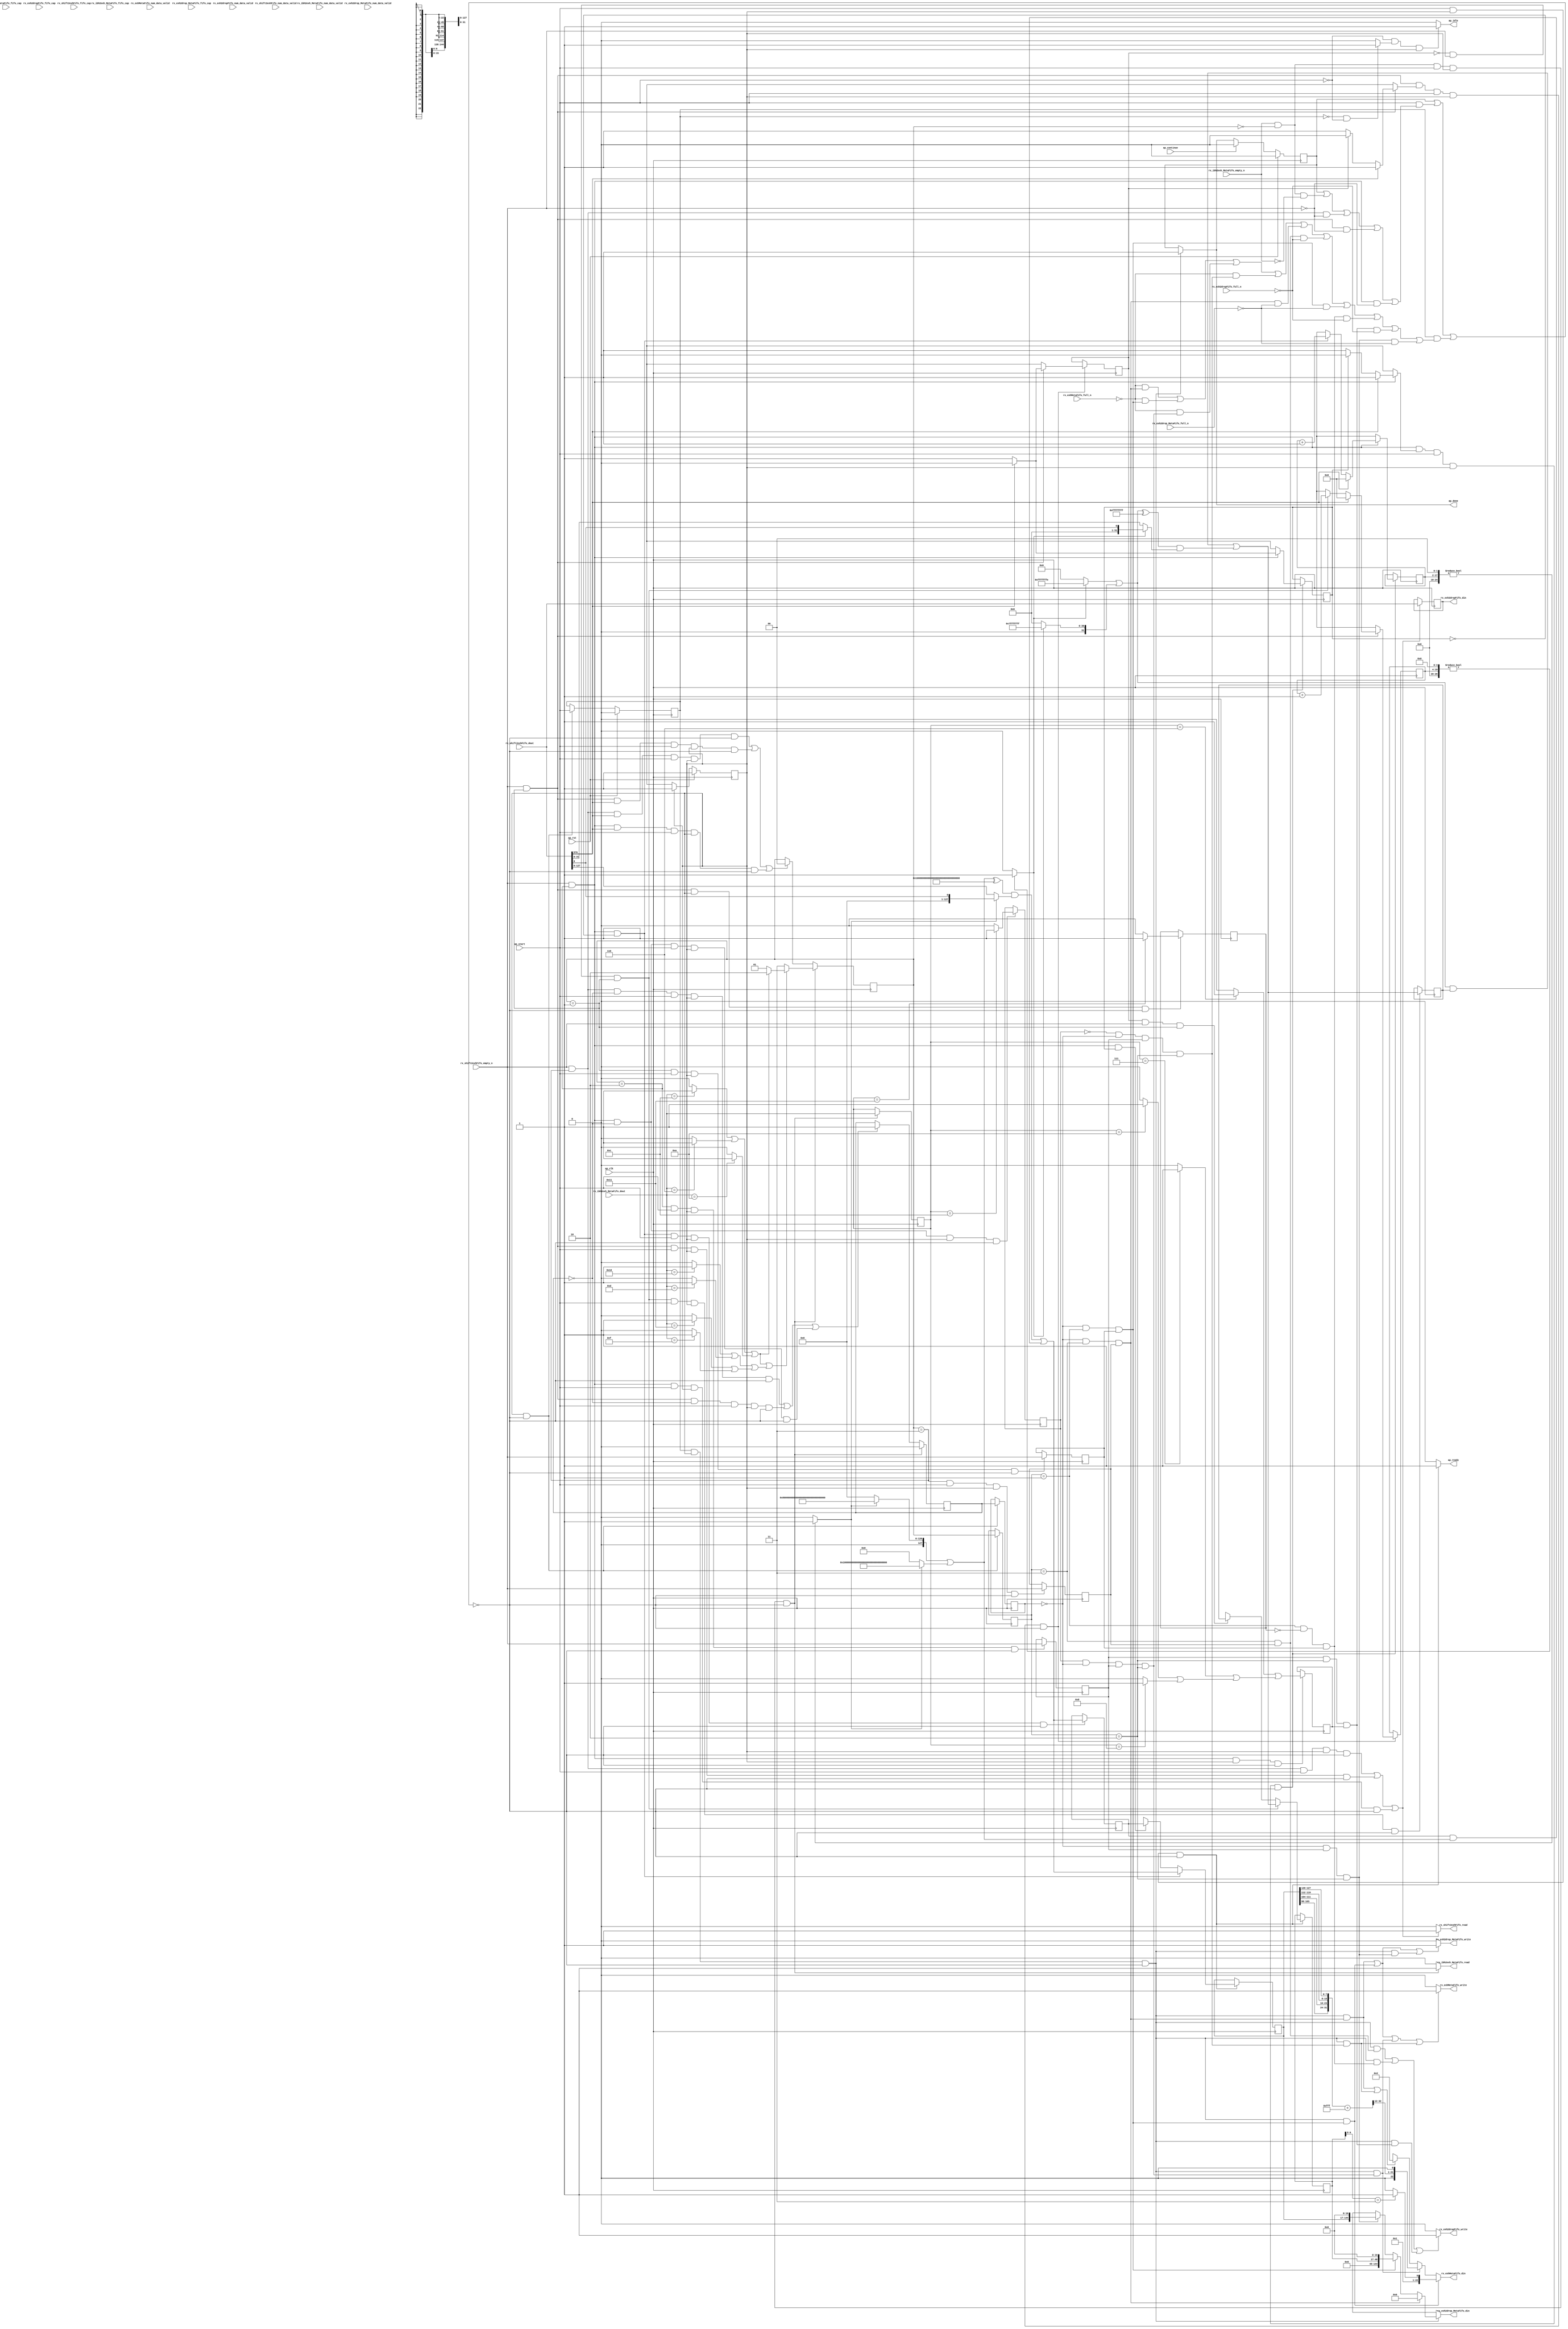
// ==============================================================
// RTL generated by Vitis HLS - High-Level Synthesis from C, C++ and OpenCL v2022.1 (64-bit)
// Version: 2022.1
// Copyright (C) Copyright 1986-2022 Xilinx, Inc. All Rights Reserved.
// 
// ===========================================================

`timescale 1 ns / 1 ps 

module rocev2_top_rx_process_exh_512_0_s (
        ap_clk,
        ap_rst,
        ap_start,
        ap_done,
        ap_continue,
        ap_idle,
        ap_ready,
        rx_shift2exhFifo_dout,
        rx_shift2exhFifo_num_data_valid,
        rx_shift2exhFifo_fifo_cap,
        rx_shift2exhFifo_empty_n,
        rx_shift2exhFifo_read,
        rx_ibh2exh_MetaFifo_dout,
        rx_ibh2exh_MetaFifo_num_data_valid,
        rx_ibh2exh_MetaFifo_fifo_cap,
        rx_ibh2exh_MetaFifo_empty_n,
        rx_ibh2exh_MetaFifo_read,
        rx_exhMetaFifo_din,
        rx_exhMetaFifo_num_data_valid,
        rx_exhMetaFifo_fifo_cap,
        rx_exhMetaFifo_full_n,
        rx_exhMetaFifo_write,
        rx_exh2drop_MetaFifo_din,
        rx_exh2drop_MetaFifo_num_data_valid,
        rx_exh2drop_MetaFifo_fifo_cap,
        rx_exh2drop_MetaFifo_full_n,
        rx_exh2drop_MetaFifo_write,
        rx_exh2dropFifo_din,
        rx_exh2dropFifo_num_data_valid,
        rx_exh2dropFifo_fifo_cap,
        rx_exh2dropFifo_full_n,
        rx_exh2dropFifo_write
);

parameter    ap_ST_fsm_pp0_stage0 = 1'd1;

input   ap_clk;
input   ap_rst;
input   ap_start;
output   ap_done;
input   ap_continue;
output   ap_idle;
output   ap_ready;
input  [1023:0] rx_shift2exhFifo_dout;
input  [1:0] rx_shift2exhFifo_num_data_valid;
input  [1:0] rx_shift2exhFifo_fifo_cap;
input   rx_shift2exhFifo_empty_n;
output   rx_shift2exhFifo_read;
input  [31:0] rx_ibh2exh_MetaFifo_dout;
input  [1:0] rx_ibh2exh_MetaFifo_num_data_valid;
input  [1:0] rx_ibh2exh_MetaFifo_fifo_cap;
input   rx_ibh2exh_MetaFifo_empty_n;
output   rx_ibh2exh_MetaFifo_read;
output  [22:0] rx_exhMetaFifo_din;
input  [1:0] rx_exhMetaFifo_num_data_valid;
input  [1:0] rx_exhMetaFifo_fifo_cap;
input   rx_exhMetaFifo_full_n;
output   rx_exhMetaFifo_write;
output  [144:0] rx_exh2drop_MetaFifo_din;
input  [3:0] rx_exh2drop_MetaFifo_num_data_valid;
input  [3:0] rx_exh2drop_MetaFifo_fifo_cap;
input   rx_exh2drop_MetaFifo_full_n;
output   rx_exh2drop_MetaFifo_write;
output  [1023:0] rx_exh2dropFifo_din;
input  [5:0] rx_exh2dropFifo_num_data_valid;
input  [5:0] rx_exh2dropFifo_fifo_cap;
input   rx_exh2dropFifo_full_n;
output   rx_exh2dropFifo_write;

reg ap_done;
reg ap_idle;
reg ap_ready;
reg rx_shift2exhFifo_read;
reg rx_ibh2exh_MetaFifo_read;
reg[22:0] rx_exhMetaFifo_din;
reg rx_exhMetaFifo_write;
reg[144:0] rx_exh2drop_MetaFifo_din;
reg rx_exh2drop_MetaFifo_write;
reg rx_exh2dropFifo_write;

(* fsm_encoding = "none" *) reg   [0:0] ap_CS_fsm;
wire    ap_CS_fsm_pp0_stage0;
wire    ap_enable_reg_pp0_iter0;
reg    ap_enable_reg_pp0_iter1;
reg    ap_idle_pp0;
wire   [0:0] grp_nbreadreq_fu_176_p3;
reg    ap_predicate_op30_read_state1;
reg    ap_predicate_op83_read_state1;
reg    ap_predicate_op128_read_state1;
wire   [0:0] tmp_i_nbreadreq_fu_190_p3;
reg    ap_predicate_op139_read_state1;
reg    ap_done_reg;
reg    ap_block_state1_pp0_stage0_iter0;
reg   [1:0] state_1_load_reg_1002;
reg   [0:0] tmp_17_i_reg_1010;
reg   [0:0] metaWritten_1_load_reg_1006;
reg   [0:0] icmp_ln188_reg_1030;
reg    ap_predicate_op161_write_state2;
reg    ap_predicate_op173_write_state2;
reg    ap_predicate_op176_write_state2;
reg   [0:0] empty_175_reg_1034;
reg    ap_predicate_op178_write_state2;
reg   [0:0] tmp_i_169_reg_1038;
reg   [0:0] icmp_ln155_reg_1058;
reg    ap_predicate_op181_write_state2;
reg    ap_predicate_op187_write_state2;
reg    ap_predicate_op190_write_state2;
reg   [0:0] tmp_16_i_reg_1062;
reg    ap_predicate_op192_write_state2;
reg    ap_predicate_op193_write_state2;
reg    ap_predicate_op194_write_state2;
reg    ap_block_state2_pp0_stage0_iter1;
reg    ap_block_pp0_stage0_subdone;
reg   [1:0] state_1;
reg   [31:0] opCode;
reg   [0:0] metaWritten_1;
reg   [0:0] ackHeader_ready;
reg   [15:0] ackHeader_idx;
reg   [31:0] ackHeader_header_V;
reg   [0:0] rdmaHeader_ready;
reg   [15:0] rdmaHeader_idx;
reg   [127:0] rdmaHeader_header_V;
reg    rx_ibh2exh_MetaFifo_blk_n;
wire    ap_block_pp0_stage0;
reg    rx_shift2exhFifo_blk_n;
reg    rx_exh2dropFifo_blk_n;
reg    rx_exhMetaFifo_blk_n;
reg    rx_exh2drop_MetaFifo_blk_n;
reg   [1023:0] reg_361;
reg    ap_block_pp0_stage0_11001;
wire   [0:0] metaWritten_1_load_load_fu_374_p1;
wire   [127:0] p_Result_5_fu_497_p2;
wire   [0:0] rdmaHeader_ready_load_load_fu_378_p1;
wire   [0:0] icmp_ln188_fu_509_p2;
wire   [0:0] empty_175_fu_557_p2;
wire   [31:0] p_Result_s_fu_700_p2;
wire   [0:0] ackHeader_ready_load_load_fu_581_p1;
wire   [0:0] icmp_ln155_fu_712_p2;
reg   [0:0] ap_phi_mux_rdmaHeader_ready_flag_0_i_phi_fu_230_p4;
wire   [0:0] ap_phi_reg_pp0_iter0_rdmaHeader_ready_flag_0_i_reg_227;
reg   [15:0] ap_phi_mux_rdmaHeader_idx_new_0_i_phi_fu_241_p4;
wire   [15:0] add_ln67_1_fu_394_p2;
wire   [15:0] ap_phi_reg_pp0_iter0_rdmaHeader_idx_new_0_i_reg_238;
reg   [0:0] ap_phi_mux_rdmaHeader_ready_flag_1_i_phi_fu_251_p4;
wire   [0:0] ap_phi_reg_pp0_iter0_rdmaHeader_ready_flag_1_i_reg_248;
wire   [0:0] grp_fu_353_p3;
reg   [0:0] ap_phi_mux_rdmaHeader_ready_new_1_i_phi_fu_262_p4;
wire   [0:0] ap_phi_reg_pp0_iter0_rdmaHeader_ready_new_1_i_reg_259;
reg   [15:0] ap_phi_mux_rdmaHeader_idx_new_1_i_phi_fu_273_p4;
wire   [15:0] ap_phi_reg_pp0_iter0_rdmaHeader_idx_new_1_i_reg_270;
reg   [0:0] ap_phi_mux_ackHeader_ready_flag_0_i_phi_fu_284_p4;
wire   [0:0] ap_phi_reg_pp0_iter0_ackHeader_ready_flag_0_i_reg_281;
reg   [15:0] ap_phi_mux_ackHeader_idx_new_0_i_phi_fu_295_p4;
wire   [15:0] add_ln67_fu_597_p2;
wire   [15:0] ap_phi_reg_pp0_iter0_ackHeader_idx_new_0_i_reg_292;
reg   [0:0] ap_phi_mux_ackHeader_ready_flag_1_i_phi_fu_305_p4;
wire   [0:0] ap_phi_reg_pp0_iter0_ackHeader_ready_flag_1_i_reg_302;
reg   [0:0] ap_phi_mux_ackHeader_ready_new_1_i_phi_fu_316_p4;
wire   [0:0] ap_phi_reg_pp0_iter0_ackHeader_ready_new_1_i_reg_313;
reg   [15:0] ap_phi_mux_ackHeader_idx_new_1_i_phi_fu_327_p4;
wire   [15:0] ap_phi_reg_pp0_iter0_ackHeader_idx_new_1_i_reg_324;
wire   [127:0] ap_phi_reg_pp0_iter0_p_Val2_9_reg_335;
reg   [127:0] ap_phi_reg_pp0_iter1_p_Val2_9_reg_335;
wire   [31:0] ap_phi_reg_pp0_iter0_p_Val2_10_reg_344;
reg   [31:0] ap_phi_reg_pp0_iter1_p_Val2_10_reg_344;
wire   [1:0] select_ln47_1_fu_852_p3;
reg    ap_block_pp0_stage0_01001;
wire   [22:0] zext_ln174_fu_946_p1;
wire   [22:0] zext_ln174_4_fu_984_p1;
wire   [144:0] p_s_fu_951_p3;
wire   [144:0] zext_ln174_5_fu_997_p1;
wire   [17:0] tmp_15_fu_401_p3;
wire   [24:0] zext_ln414_1_fu_409_p1;
wire   [0:0] trunc_ln414_1_fu_419_p1;
wire   [0:0] icmp_ln414_1_fu_413_p2;
wire   [127:0] st1_fu_423_p3;
wire   [127:0] tmp_18_fu_390_p1;
wire   [127:0] select_ln414_7_fu_431_p3;
reg   [127:0] tmp_16_fu_439_p4;
wire   [127:0] select_ln414_9_fu_457_p3;
wire   [127:0] select_ln414_10_fu_465_p3;
wire   [127:0] or_ln414_3_fu_473_p2;
wire   [127:0] select_ln414_8_fu_449_p3;
wire   [127:0] xor_ln414_1_fu_479_p2;
wire   [127:0] and_ln414_3_fu_485_p2;
wire   [127:0] and_ln414_4_fu_491_p2;
wire   [0:0] empty_170_fu_527_p2;
wire   [0:0] empty_fu_521_p2;
wire   [0:0] empty_172_fu_539_p2;
wire   [0:0] empty_171_fu_533_p2;
wire   [0:0] empty_174_fu_551_p2;
wire   [0:0] empty_173_fu_545_p2;
wire   [19:0] tmp_12_fu_604_p3;
wire   [26:0] zext_ln414_fu_612_p1;
wire   [0:0] trunc_ln414_fu_622_p1;
wire   [0:0] icmp_ln414_fu_616_p2;
wire   [31:0] st_fu_626_p3;
wire   [31:0] tmp_17_fu_593_p1;
wire   [31:0] select_ln414_fu_634_p3;
reg   [31:0] tmp_13_fu_642_p4;
wire   [31:0] select_ln414_5_fu_660_p3;
wire   [31:0] select_ln414_6_fu_668_p3;
wire   [31:0] or_ln414_fu_676_p2;
wire   [31:0] select_ln414_4_fu_652_p3;
wire   [31:0] xor_ln414_fu_682_p2;
wire   [31:0] and_ln414_fu_688_p2;
wire   [31:0] and_ln414_2_fu_694_p2;
wire   [0:0] icmp_ln47_fu_766_p2;
wire   [0:0] icmp_ln47_1_fu_772_p2;
wire   [0:0] icmp_ln47_2_fu_778_p2;
wire   [0:0] icmp_ln47_3_fu_784_p2;
wire   [0:0] or_ln47_1_fu_796_p2;
wire   [0:0] or_ln47_fu_790_p2;
wire   [0:0] icmp_ln47_5_fu_814_p2;
wire   [0:0] icmp_ln47_6_fu_820_p2;
wire   [0:0] or_ln47_3_fu_826_p2;
wire   [0:0] icmp_ln47_4_fu_808_p2;
wire   [0:0] or_ln47_4_fu_832_p2;
wire   [0:0] or_ln47_2_fu_802_p2;
wire   [0:0] or_ln47_5_fu_846_p2;
wire   [1:0] select_ln47_fu_838_p3;
wire   [7:0] tmp_21_i_fu_896_p4;
wire   [7:0] tmp_20_i_fu_886_p4;
wire   [7:0] tmp_19_i_fu_876_p4;
wire   [7:0] tmp_18_i_fu_866_p4;
wire   [31:0] p_Result_7_fu_906_p5;
wire   [32:0] zext_ln1541_fu_918_p1;
wire   [32:0] ret_V_fu_922_p2;
wire   [20:0] tmp_fu_928_p4;
wire   [21:0] shl_ln1_fu_938_p3;
wire   [1:0] tmp_22_i_fu_960_p4;
wire   [0:0] icmp_ln1065_fu_970_p2;
wire   [1:0] zext_ln174_4_cast_fu_976_p3;
wire   [48:0] shl_ln174_1_fu_989_p3;
reg   [0:0] ap_NS_fsm;
reg    ap_idle_pp0_0to0;
reg    ap_reset_idle_pp0;
wire    ap_enable_pp0;
reg    ap_condition_326;
reg    ap_condition_297;
reg    ap_condition_266;
reg    ap_condition_304;
reg    ap_condition_282;
reg    ap_condition_392;
wire    ap_ce_reg;

// power-on initialization
initial begin
#0 ap_CS_fsm = 1'd1;
#0 ap_enable_reg_pp0_iter1 = 1'b0;
#0 ap_done_reg = 1'b0;
#0 state_1 = 2'd0;
#0 opCode = 32'd0;
#0 metaWritten_1 = 1'd0;
#0 ackHeader_ready = 1'd0;
#0 ackHeader_idx = 16'd0;
#0 ackHeader_header_V = 32'd0;
#0 rdmaHeader_ready = 1'd0;
#0 rdmaHeader_idx = 16'd0;
#0 rdmaHeader_header_V = 128'd0;
end

always @ (posedge ap_clk) begin
    if (ap_rst == 1'b1) begin
        ap_CS_fsm <= ap_ST_fsm_pp0_stage0;
    end else begin
        ap_CS_fsm <= ap_NS_fsm;
    end
end

always @ (posedge ap_clk) begin
    if (ap_rst == 1'b1) begin
        ap_done_reg <= 1'b0;
    end else begin
        if ((ap_continue == 1'b1)) begin
            ap_done_reg <= 1'b0;
        end else if (((ap_enable_reg_pp0_iter1 == 1'b1) & (1'b1 == ap_CS_fsm_pp0_stage0) & (1'b0 == ap_block_pp0_stage0_subdone))) begin
            ap_done_reg <= 1'b1;
        end
    end
end

always @ (posedge ap_clk) begin
    if (ap_rst == 1'b1) begin
        ap_enable_reg_pp0_iter1 <= 1'b0;
    end else begin
        if (((1'b1 == ap_CS_fsm_pp0_stage0) & (1'b0 == ap_block_pp0_stage0_subdone))) begin
            ap_enable_reg_pp0_iter1 <= ap_start;
        end
    end
end

always @ (posedge ap_clk) begin
    if ((1'b1 == ap_condition_266)) begin
        if ((1'b1 == ap_condition_297)) begin
            ap_phi_reg_pp0_iter1_p_Val2_10_reg_344 <= p_Result_s_fu_700_p2;
        end else if ((1'b1 == ap_condition_326)) begin
            ap_phi_reg_pp0_iter1_p_Val2_10_reg_344 <= ackHeader_header_V;
        end else if ((1'b1 == 1'b1)) begin
            ap_phi_reg_pp0_iter1_p_Val2_10_reg_344 <= ap_phi_reg_pp0_iter0_p_Val2_10_reg_344;
        end
    end
end

always @ (posedge ap_clk) begin
    if ((1'b1 == ap_condition_266)) begin
        if ((1'b1 == ap_condition_282)) begin
            ap_phi_reg_pp0_iter1_p_Val2_9_reg_335 <= p_Result_5_fu_497_p2;
        end else if ((1'b1 == ap_condition_304)) begin
            ap_phi_reg_pp0_iter1_p_Val2_9_reg_335 <= rdmaHeader_header_V;
        end else if ((1'b1 == 1'b1)) begin
            ap_phi_reg_pp0_iter1_p_Val2_9_reg_335 <= ap_phi_reg_pp0_iter0_p_Val2_9_reg_335;
        end
    end
end

always @ (posedge ap_clk) begin
    if (((tmp_i_nbreadreq_fu_190_p3 == 1'd1) & (state_1 == 2'd0) & (ap_start == 1'b1) & (1'b1 == ap_CS_fsm_pp0_stage0) & (1'b0 == ap_block_pp0_stage0_11001))) begin
        metaWritten_1 <= 1'd0;
    end else if ((((grp_nbreadreq_fu_176_p3 == 1'd1) & (state_1 == 2'd3) & (metaWritten_1_load_load_fu_374_p1 == 1'd0) & (ap_start == 1'b1) & (1'b1 == ap_CS_fsm_pp0_stage0) & (1'b0 == ap_block_pp0_stage0_11001)) | ((grp_nbreadreq_fu_176_p3 == 1'd1) & (state_1 == 2'd1) & (metaWritten_1_load_load_fu_374_p1 == 1'd0) & (ap_start == 1'b1) & (1'b1 == ap_CS_fsm_pp0_stage0) & (1'b0 == ap_block_pp0_stage0_11001)) | ((grp_nbreadreq_fu_176_p3 == 1'd1) & (state_1 == 2'd2) & (metaWritten_1_load_load_fu_374_p1 == 1'd0) & (ap_start == 1'b1) & (1'b1 == ap_CS_fsm_pp0_stage0) & (1'b0 == ap_block_pp0_stage0_11001)))) begin
        metaWritten_1 <= 1'd1;
    end
end

always @ (posedge ap_clk) begin
    if (((tmp_i_nbreadreq_fu_190_p3 == 1'd1) & (state_1 == 2'd0) & (ap_start == 1'b1) & (1'b1 == ap_CS_fsm_pp0_stage0) & (1'b0 == ap_block_pp0_stage0_11001))) begin
        state_1 <= select_ln47_1_fu_852_p3;
    end else if ((((grp_nbreadreq_fu_176_p3 == 1'd1) & (state_1 == 2'd3) & (grp_fu_353_p3 == 1'd1) & (ap_start == 1'b1) & (1'b1 == ap_CS_fsm_pp0_stage0) & (1'b0 == ap_block_pp0_stage0_11001)) | ((grp_nbreadreq_fu_176_p3 == 1'd1) & (state_1 == 2'd1) & (grp_fu_353_p3 == 1'd1) & (ap_start == 1'b1) & (1'b1 == ap_CS_fsm_pp0_stage0) & (1'b0 == ap_block_pp0_stage0_11001)) | ((grp_nbreadreq_fu_176_p3 == 1'd1) & (state_1 == 2'd2) & (grp_fu_353_p3 == 1'd1) & (ap_start == 1'b1) & (1'b1 == ap_CS_fsm_pp0_stage0) & (1'b0 == ap_block_pp0_stage0_11001)))) begin
        state_1 <= 2'd0;
    end
end

always @ (posedge ap_clk) begin
    if (((1'd0 == ackHeader_ready_load_load_fu_581_p1) & (grp_nbreadreq_fu_176_p3 == 1'd1) & (state_1 == 2'd1) & (ap_start == 1'b1) & (1'b1 == ap_CS_fsm_pp0_stage0) & (1'b0 == ap_block_pp0_stage0_11001))) begin
        ackHeader_header_V <= p_Result_s_fu_700_p2;
    end
end

always @ (posedge ap_clk) begin
    if (((grp_nbreadreq_fu_176_p3 == 1'd1) & (state_1 == 2'd1) & (ap_phi_mux_ackHeader_ready_flag_1_i_phi_fu_305_p4 == 1'd1) & (ap_start == 1'b1) & (1'b1 == ap_CS_fsm_pp0_stage0) & (1'b0 == ap_block_pp0_stage0_11001))) begin
        ackHeader_idx <= ap_phi_mux_ackHeader_idx_new_1_i_phi_fu_327_p4;
        ackHeader_ready <= ap_phi_mux_ackHeader_ready_new_1_i_phi_fu_316_p4;
    end
end

always @ (posedge ap_clk) begin
    if (((grp_nbreadreq_fu_176_p3 == 1'd1) & (state_1 == 2'd2) & (1'b1 == ap_CS_fsm_pp0_stage0) & (1'b0 == ap_block_pp0_stage0_11001))) begin
        empty_175_reg_1034 <= empty_175_fu_557_p2;
    end
end

always @ (posedge ap_clk) begin
    if (((grp_nbreadreq_fu_176_p3 == 1'd1) & (state_1 == 2'd1) & (1'b1 == ap_CS_fsm_pp0_stage0) & (1'b0 == ap_block_pp0_stage0_11001))) begin
        icmp_ln155_reg_1058 <= icmp_ln155_fu_712_p2;
    end
end

always @ (posedge ap_clk) begin
    if (((grp_nbreadreq_fu_176_p3 == 1'd1) & (state_1 == 2'd2) & (metaWritten_1_load_load_fu_374_p1 == 1'd0) & (1'b1 == ap_CS_fsm_pp0_stage0) & (1'b0 == ap_block_pp0_stage0_11001))) begin
        icmp_ln188_reg_1030 <= icmp_ln188_fu_509_p2;
    end
end

always @ (posedge ap_clk) begin
    if (((1'b1 == ap_CS_fsm_pp0_stage0) & (1'b0 == ap_block_pp0_stage0_11001))) begin
        metaWritten_1_load_reg_1006 <= metaWritten_1;
        state_1_load_reg_1002 <= state_1;
    end
end

always @ (posedge ap_clk) begin
    if (((tmp_i_nbreadreq_fu_190_p3 == 1'd1) & (state_1 == 2'd0) & (ap_start == 1'b1) & (1'b1 == ap_CS_fsm_pp0_stage0) & (1'b0 == ap_block_pp0_stage0_11001))) begin
        opCode <= rx_ibh2exh_MetaFifo_dout;
    end
end

always @ (posedge ap_clk) begin
    if (((grp_nbreadreq_fu_176_p3 == 1'd1) & (state_1 == 2'd2) & (rdmaHeader_ready_load_load_fu_378_p1 == 1'd0) & (ap_start == 1'b1) & (1'b1 == ap_CS_fsm_pp0_stage0) & (1'b0 == ap_block_pp0_stage0_11001))) begin
        rdmaHeader_header_V <= p_Result_5_fu_497_p2;
    end
end

always @ (posedge ap_clk) begin
    if (((grp_nbreadreq_fu_176_p3 == 1'd1) & (state_1 == 2'd2) & (ap_phi_mux_rdmaHeader_ready_flag_1_i_phi_fu_251_p4 == 1'd1) & (ap_start == 1'b1) & (1'b1 == ap_CS_fsm_pp0_stage0) & (1'b0 == ap_block_pp0_stage0_11001))) begin
        rdmaHeader_idx <= ap_phi_mux_rdmaHeader_idx_new_1_i_phi_fu_273_p4;
        rdmaHeader_ready <= ap_phi_mux_rdmaHeader_ready_new_1_i_phi_fu_262_p4;
    end
end

always @ (posedge ap_clk) begin
    if ((((ap_predicate_op128_read_state1 == 1'b1) & (ap_start == 1'b1) & (1'b1 == ap_CS_fsm_pp0_stage0) & (1'b0 == ap_block_pp0_stage0_11001)) | ((ap_predicate_op83_read_state1 == 1'b1) & (ap_start == 1'b1) & (1'b1 == ap_CS_fsm_pp0_stage0) & (1'b0 == ap_block_pp0_stage0_11001)) | ((ap_predicate_op30_read_state1 == 1'b1) & (ap_start == 1'b1) & (1'b1 == ap_CS_fsm_pp0_stage0) & (1'b0 == ap_block_pp0_stage0_11001)))) begin
        reg_361 <= rx_shift2exhFifo_dout;
    end
end

always @ (posedge ap_clk) begin
    if (((state_1 == 2'd3) & (ap_start == 1'b1) & (1'b1 == ap_CS_fsm_pp0_stage0) & (1'b0 == ap_block_pp0_stage0_11001))) begin
        tmp_16_i_reg_1062 <= grp_nbreadreq_fu_176_p3;
    end
end

always @ (posedge ap_clk) begin
    if (((state_1 == 2'd2) & (ap_start == 1'b1) & (1'b1 == ap_CS_fsm_pp0_stage0) & (1'b0 == ap_block_pp0_stage0_11001))) begin
        tmp_17_i_reg_1010 <= grp_nbreadreq_fu_176_p3;
    end
end

always @ (posedge ap_clk) begin
    if (((state_1 == 2'd1) & (ap_start == 1'b1) & (1'b1 == ap_CS_fsm_pp0_stage0) & (1'b0 == ap_block_pp0_stage0_11001))) begin
        tmp_i_169_reg_1038 <= grp_nbreadreq_fu_176_p3;
    end
end

always @ (*) begin
    if (((ap_enable_reg_pp0_iter1 == 1'b1) & (1'b1 == ap_CS_fsm_pp0_stage0) & (1'b0 == ap_block_pp0_stage0_subdone))) begin
        ap_done = 1'b1;
    end else begin
        ap_done = ap_done_reg;
    end
end

always @ (*) begin
    if (((ap_start == 1'b0) & (ap_idle_pp0 == 1'b1) & (1'b1 == ap_CS_fsm_pp0_stage0))) begin
        ap_idle = 1'b1;
    end else begin
        ap_idle = 1'b0;
    end
end

always @ (*) begin
    if (((ap_enable_reg_pp0_iter1 == 1'b0) & (ap_enable_reg_pp0_iter0 == 1'b0))) begin
        ap_idle_pp0 = 1'b1;
    end else begin
        ap_idle_pp0 = 1'b0;
    end
end

always @ (*) begin
    if ((ap_enable_reg_pp0_iter0 == 1'b0)) begin
        ap_idle_pp0_0to0 = 1'b1;
    end else begin
        ap_idle_pp0_0to0 = 1'b0;
    end
end

always @ (*) begin
    if (((1'd0 == ackHeader_ready_load_load_fu_581_p1) & (grp_nbreadreq_fu_176_p3 == 1'd1) & (state_1 == 2'd1))) begin
        ap_phi_mux_ackHeader_idx_new_0_i_phi_fu_295_p4 = add_ln67_fu_597_p2;
    end else begin
        ap_phi_mux_ackHeader_idx_new_0_i_phi_fu_295_p4 = ap_phi_reg_pp0_iter0_ackHeader_idx_new_0_i_reg_292;
    end
end

always @ (*) begin
    if (((grp_nbreadreq_fu_176_p3 == 1'd1) & (state_1 == 2'd1))) begin
        if ((grp_fu_353_p3 == 1'd0)) begin
            ap_phi_mux_ackHeader_idx_new_1_i_phi_fu_327_p4 = ap_phi_mux_ackHeader_idx_new_0_i_phi_fu_295_p4;
        end else if ((grp_fu_353_p3 == 1'd1)) begin
            ap_phi_mux_ackHeader_idx_new_1_i_phi_fu_327_p4 = 16'd0;
        end else begin
            ap_phi_mux_ackHeader_idx_new_1_i_phi_fu_327_p4 = ap_phi_reg_pp0_iter0_ackHeader_idx_new_1_i_reg_324;
        end
    end else begin
        ap_phi_mux_ackHeader_idx_new_1_i_phi_fu_327_p4 = ap_phi_reg_pp0_iter0_ackHeader_idx_new_1_i_reg_324;
    end
end

always @ (*) begin
    if (((grp_nbreadreq_fu_176_p3 == 1'd1) & (state_1 == 2'd1))) begin
        if ((1'd0 == ackHeader_ready_load_load_fu_581_p1)) begin
            ap_phi_mux_ackHeader_ready_flag_0_i_phi_fu_284_p4 = 1'd1;
        end else if ((1'd1 == ackHeader_ready_load_load_fu_581_p1)) begin
            ap_phi_mux_ackHeader_ready_flag_0_i_phi_fu_284_p4 = 1'd0;
        end else begin
            ap_phi_mux_ackHeader_ready_flag_0_i_phi_fu_284_p4 = ap_phi_reg_pp0_iter0_ackHeader_ready_flag_0_i_reg_281;
        end
    end else begin
        ap_phi_mux_ackHeader_ready_flag_0_i_phi_fu_284_p4 = ap_phi_reg_pp0_iter0_ackHeader_ready_flag_0_i_reg_281;
    end
end

always @ (*) begin
    if (((grp_nbreadreq_fu_176_p3 == 1'd1) & (state_1 == 2'd1))) begin
        if ((grp_fu_353_p3 == 1'd0)) begin
            ap_phi_mux_ackHeader_ready_flag_1_i_phi_fu_305_p4 = ap_phi_mux_ackHeader_ready_flag_0_i_phi_fu_284_p4;
        end else if ((grp_fu_353_p3 == 1'd1)) begin
            ap_phi_mux_ackHeader_ready_flag_1_i_phi_fu_305_p4 = 1'd1;
        end else begin
            ap_phi_mux_ackHeader_ready_flag_1_i_phi_fu_305_p4 = ap_phi_reg_pp0_iter0_ackHeader_ready_flag_1_i_reg_302;
        end
    end else begin
        ap_phi_mux_ackHeader_ready_flag_1_i_phi_fu_305_p4 = ap_phi_reg_pp0_iter0_ackHeader_ready_flag_1_i_reg_302;
    end
end

always @ (*) begin
    if (((grp_nbreadreq_fu_176_p3 == 1'd1) & (state_1 == 2'd1))) begin
        if ((grp_fu_353_p3 == 1'd0)) begin
            ap_phi_mux_ackHeader_ready_new_1_i_phi_fu_316_p4 = 1'd1;
        end else if ((grp_fu_353_p3 == 1'd1)) begin
            ap_phi_mux_ackHeader_ready_new_1_i_phi_fu_316_p4 = 1'd0;
        end else begin
            ap_phi_mux_ackHeader_ready_new_1_i_phi_fu_316_p4 = ap_phi_reg_pp0_iter0_ackHeader_ready_new_1_i_reg_313;
        end
    end else begin
        ap_phi_mux_ackHeader_ready_new_1_i_phi_fu_316_p4 = ap_phi_reg_pp0_iter0_ackHeader_ready_new_1_i_reg_313;
    end
end

always @ (*) begin
    if (((grp_nbreadreq_fu_176_p3 == 1'd1) & (state_1 == 2'd2) & (rdmaHeader_ready_load_load_fu_378_p1 == 1'd0))) begin
        ap_phi_mux_rdmaHeader_idx_new_0_i_phi_fu_241_p4 = add_ln67_1_fu_394_p2;
    end else begin
        ap_phi_mux_rdmaHeader_idx_new_0_i_phi_fu_241_p4 = ap_phi_reg_pp0_iter0_rdmaHeader_idx_new_0_i_reg_238;
    end
end

always @ (*) begin
    if (((grp_nbreadreq_fu_176_p3 == 1'd1) & (state_1 == 2'd2))) begin
        if ((grp_fu_353_p3 == 1'd0)) begin
            ap_phi_mux_rdmaHeader_idx_new_1_i_phi_fu_273_p4 = ap_phi_mux_rdmaHeader_idx_new_0_i_phi_fu_241_p4;
        end else if ((grp_fu_353_p3 == 1'd1)) begin
            ap_phi_mux_rdmaHeader_idx_new_1_i_phi_fu_273_p4 = 16'd0;
        end else begin
            ap_phi_mux_rdmaHeader_idx_new_1_i_phi_fu_273_p4 = ap_phi_reg_pp0_iter0_rdmaHeader_idx_new_1_i_reg_270;
        end
    end else begin
        ap_phi_mux_rdmaHeader_idx_new_1_i_phi_fu_273_p4 = ap_phi_reg_pp0_iter0_rdmaHeader_idx_new_1_i_reg_270;
    end
end

always @ (*) begin
    if (((grp_nbreadreq_fu_176_p3 == 1'd1) & (state_1 == 2'd2))) begin
        if ((rdmaHeader_ready_load_load_fu_378_p1 == 1'd0)) begin
            ap_phi_mux_rdmaHeader_ready_flag_0_i_phi_fu_230_p4 = 1'd1;
        end else if ((rdmaHeader_ready_load_load_fu_378_p1 == 1'd1)) begin
            ap_phi_mux_rdmaHeader_ready_flag_0_i_phi_fu_230_p4 = 1'd0;
        end else begin
            ap_phi_mux_rdmaHeader_ready_flag_0_i_phi_fu_230_p4 = ap_phi_reg_pp0_iter0_rdmaHeader_ready_flag_0_i_reg_227;
        end
    end else begin
        ap_phi_mux_rdmaHeader_ready_flag_0_i_phi_fu_230_p4 = ap_phi_reg_pp0_iter0_rdmaHeader_ready_flag_0_i_reg_227;
    end
end

always @ (*) begin
    if (((grp_nbreadreq_fu_176_p3 == 1'd1) & (state_1 == 2'd2))) begin
        if ((grp_fu_353_p3 == 1'd0)) begin
            ap_phi_mux_rdmaHeader_ready_flag_1_i_phi_fu_251_p4 = ap_phi_mux_rdmaHeader_ready_flag_0_i_phi_fu_230_p4;
        end else if ((grp_fu_353_p3 == 1'd1)) begin
            ap_phi_mux_rdmaHeader_ready_flag_1_i_phi_fu_251_p4 = 1'd1;
        end else begin
            ap_phi_mux_rdmaHeader_ready_flag_1_i_phi_fu_251_p4 = ap_phi_reg_pp0_iter0_rdmaHeader_ready_flag_1_i_reg_248;
        end
    end else begin
        ap_phi_mux_rdmaHeader_ready_flag_1_i_phi_fu_251_p4 = ap_phi_reg_pp0_iter0_rdmaHeader_ready_flag_1_i_reg_248;
    end
end

always @ (*) begin
    if (((grp_nbreadreq_fu_176_p3 == 1'd1) & (state_1 == 2'd2))) begin
        if ((grp_fu_353_p3 == 1'd0)) begin
            ap_phi_mux_rdmaHeader_ready_new_1_i_phi_fu_262_p4 = 1'd1;
        end else if ((grp_fu_353_p3 == 1'd1)) begin
            ap_phi_mux_rdmaHeader_ready_new_1_i_phi_fu_262_p4 = 1'd0;
        end else begin
            ap_phi_mux_rdmaHeader_ready_new_1_i_phi_fu_262_p4 = ap_phi_reg_pp0_iter0_rdmaHeader_ready_new_1_i_reg_259;
        end
    end else begin
        ap_phi_mux_rdmaHeader_ready_new_1_i_phi_fu_262_p4 = ap_phi_reg_pp0_iter0_rdmaHeader_ready_new_1_i_reg_259;
    end
end

always @ (*) begin
    if (((ap_start == 1'b1) & (1'b1 == ap_CS_fsm_pp0_stage0) & (1'b0 == ap_block_pp0_stage0_subdone))) begin
        ap_ready = 1'b1;
    end else begin
        ap_ready = 1'b0;
    end
end

always @ (*) begin
    if (((ap_idle_pp0_0to0 == 1'b1) & (ap_start == 1'b0))) begin
        ap_reset_idle_pp0 = 1'b1;
    end else begin
        ap_reset_idle_pp0 = 1'b0;
    end
end

always @ (*) begin
    if ((((ap_enable_reg_pp0_iter1 == 1'b1) & (1'b1 == ap_CS_fsm_pp0_stage0) & (1'b0 == ap_block_pp0_stage0) & (ap_predicate_op192_write_state2 == 1'b1)) | ((ap_enable_reg_pp0_iter1 == 1'b1) & (1'b1 == ap_CS_fsm_pp0_stage0) & (1'b0 == ap_block_pp0_stage0) & (ap_predicate_op181_write_state2 == 1'b1)) | ((ap_enable_reg_pp0_iter1 == 1'b1) & (1'b1 == ap_CS_fsm_pp0_stage0) & (1'b0 == ap_block_pp0_stage0) & (ap_predicate_op178_write_state2 == 1'b1)))) begin
        rx_exh2dropFifo_blk_n = rx_exh2dropFifo_full_n;
    end else begin
        rx_exh2dropFifo_blk_n = 1'b1;
    end
end

always @ (*) begin
    if ((((ap_enable_reg_pp0_iter1 == 1'b1) & (1'b1 == ap_CS_fsm_pp0_stage0) & (1'b0 == ap_block_pp0_stage0_11001) & (ap_predicate_op192_write_state2 == 1'b1)) | ((ap_enable_reg_pp0_iter1 == 1'b1) & (1'b1 == ap_CS_fsm_pp0_stage0) & (1'b0 == ap_block_pp0_stage0_11001) & (ap_predicate_op181_write_state2 == 1'b1)) | ((ap_enable_reg_pp0_iter1 == 1'b1) & (1'b1 == ap_CS_fsm_pp0_stage0) & (1'b0 == ap_block_pp0_stage0_11001) & (ap_predicate_op178_write_state2 == 1'b1)))) begin
        rx_exh2dropFifo_write = 1'b1;
    end else begin
        rx_exh2dropFifo_write = 1'b0;
    end
end

always @ (*) begin
    if ((((ap_enable_reg_pp0_iter1 == 1'b1) & (1'b1 == ap_CS_fsm_pp0_stage0) & (1'b0 == ap_block_pp0_stage0) & (ap_predicate_op194_write_state2 == 1'b1)) | ((ap_enable_reg_pp0_iter1 == 1'b1) & (1'b1 == ap_CS_fsm_pp0_stage0) & (1'b0 == ap_block_pp0_stage0) & (ap_predicate_op190_write_state2 == 1'b1)) | ((ap_enable_reg_pp0_iter1 == 1'b1) & (1'b1 == ap_CS_fsm_pp0_stage0) & (1'b0 == ap_block_pp0_stage0) & (ap_predicate_op176_write_state2 == 1'b1)))) begin
        rx_exh2drop_MetaFifo_blk_n = rx_exh2drop_MetaFifo_full_n;
    end else begin
        rx_exh2drop_MetaFifo_blk_n = 1'b1;
    end
end

always @ (*) begin
    if ((1'b1 == ap_condition_392)) begin
        if ((ap_predicate_op194_write_state2 == 1'b1)) begin
            rx_exh2drop_MetaFifo_din = 145'd0;
        end else if ((ap_predicate_op190_write_state2 == 1'b1)) begin
            rx_exh2drop_MetaFifo_din = zext_ln174_5_fu_997_p1;
        end else if ((ap_predicate_op176_write_state2 == 1'b1)) begin
            rx_exh2drop_MetaFifo_din = p_s_fu_951_p3;
        end else begin
            rx_exh2drop_MetaFifo_din = 'bx;
        end
    end else begin
        rx_exh2drop_MetaFifo_din = 'bx;
    end
end

always @ (*) begin
    if ((((ap_enable_reg_pp0_iter1 == 1'b1) & (1'b1 == ap_CS_fsm_pp0_stage0) & (1'b0 == ap_block_pp0_stage0_11001) & (ap_predicate_op194_write_state2 == 1'b1)) | ((ap_enable_reg_pp0_iter1 == 1'b1) & (1'b1 == ap_CS_fsm_pp0_stage0) & (1'b0 == ap_block_pp0_stage0_11001) & (ap_predicate_op190_write_state2 == 1'b1)) | ((ap_enable_reg_pp0_iter1 == 1'b1) & (1'b1 == ap_CS_fsm_pp0_stage0) & (1'b0 == ap_block_pp0_stage0_11001) & (ap_predicate_op176_write_state2 == 1'b1)))) begin
        rx_exh2drop_MetaFifo_write = 1'b1;
    end else begin
        rx_exh2drop_MetaFifo_write = 1'b0;
    end
end

always @ (*) begin
    if ((((ap_enable_reg_pp0_iter1 == 1'b1) & (1'b1 == ap_CS_fsm_pp0_stage0) & (1'b0 == ap_block_pp0_stage0) & (ap_predicate_op193_write_state2 == 1'b1)) | ((ap_enable_reg_pp0_iter1 == 1'b1) & (1'b1 == ap_CS_fsm_pp0_stage0) & (1'b0 == ap_block_pp0_stage0) & (ap_predicate_op187_write_state2 == 1'b1)) | ((ap_enable_reg_pp0_iter1 == 1'b1) & (1'b1 == ap_CS_fsm_pp0_stage0) & (1'b0 == ap_block_pp0_stage0) & (ap_predicate_op173_write_state2 == 1'b1)) | ((ap_enable_reg_pp0_iter1 == 1'b1) & (1'b1 == ap_CS_fsm_pp0_stage0) & (1'b0 == ap_block_pp0_stage0) & (ap_predicate_op161_write_state2 == 1'b1)))) begin
        rx_exhMetaFifo_blk_n = rx_exhMetaFifo_full_n;
    end else begin
        rx_exhMetaFifo_blk_n = 1'b1;
    end
end

always @ (*) begin
    if (((ap_enable_reg_pp0_iter1 == 1'b1) & (1'b1 == ap_CS_fsm_pp0_stage0) & (1'b0 == ap_block_pp0_stage0_01001) & (ap_predicate_op187_write_state2 == 1'b1))) begin
        rx_exhMetaFifo_din = zext_ln174_4_fu_984_p1;
    end else if (((ap_enable_reg_pp0_iter1 == 1'b1) & (1'b1 == ap_CS_fsm_pp0_stage0) & (1'b0 == ap_block_pp0_stage0_01001) & (ap_predicate_op173_write_state2 == 1'b1))) begin
        rx_exhMetaFifo_din = zext_ln174_fu_946_p1;
    end else if ((((ap_enable_reg_pp0_iter1 == 1'b1) & (1'b1 == ap_CS_fsm_pp0_stage0) & (1'b0 == ap_block_pp0_stage0_01001) & (ap_predicate_op193_write_state2 == 1'b1)) | ((ap_enable_reg_pp0_iter1 == 1'b1) & (1'b1 == ap_CS_fsm_pp0_stage0) & (1'b0 == ap_block_pp0_stage0_01001) & (ap_predicate_op161_write_state2 == 1'b1)))) begin
        rx_exhMetaFifo_din = 23'd2;
    end else begin
        rx_exhMetaFifo_din = 'bx;
    end
end

always @ (*) begin
    if ((((ap_enable_reg_pp0_iter1 == 1'b1) & (1'b1 == ap_CS_fsm_pp0_stage0) & (1'b0 == ap_block_pp0_stage0_11001) & (ap_predicate_op193_write_state2 == 1'b1)) | ((ap_enable_reg_pp0_iter1 == 1'b1) & (1'b1 == ap_CS_fsm_pp0_stage0) & (1'b0 == ap_block_pp0_stage0_11001) & (ap_predicate_op187_write_state2 == 1'b1)) | ((ap_enable_reg_pp0_iter1 == 1'b1) & (1'b1 == ap_CS_fsm_pp0_stage0) & (1'b0 == ap_block_pp0_stage0_11001) & (ap_predicate_op173_write_state2 == 1'b1)) | ((ap_enable_reg_pp0_iter1 == 1'b1) & (1'b1 == ap_CS_fsm_pp0_stage0) & (1'b0 == ap_block_pp0_stage0_11001) & (ap_predicate_op161_write_state2 == 1'b1)))) begin
        rx_exhMetaFifo_write = 1'b1;
    end else begin
        rx_exhMetaFifo_write = 1'b0;
    end
end

always @ (*) begin
    if (((ap_done_reg == 1'b0) & (ap_predicate_op139_read_state1 == 1'b1) & (ap_start == 1'b1) & (1'b1 == ap_CS_fsm_pp0_stage0) & (1'b0 == ap_block_pp0_stage0))) begin
        rx_ibh2exh_MetaFifo_blk_n = rx_ibh2exh_MetaFifo_empty_n;
    end else begin
        rx_ibh2exh_MetaFifo_blk_n = 1'b1;
    end
end

always @ (*) begin
    if (((ap_predicate_op139_read_state1 == 1'b1) & (ap_start == 1'b1) & (1'b1 == ap_CS_fsm_pp0_stage0) & (1'b0 == ap_block_pp0_stage0_11001))) begin
        rx_ibh2exh_MetaFifo_read = 1'b1;
    end else begin
        rx_ibh2exh_MetaFifo_read = 1'b0;
    end
end

always @ (*) begin
    if ((((ap_done_reg == 1'b0) & (ap_predicate_op128_read_state1 == 1'b1) & (ap_start == 1'b1) & (1'b1 == ap_CS_fsm_pp0_stage0) & (1'b0 == ap_block_pp0_stage0)) | ((ap_done_reg == 1'b0) & (ap_predicate_op83_read_state1 == 1'b1) & (ap_start == 1'b1) & (1'b1 == ap_CS_fsm_pp0_stage0) & (1'b0 == ap_block_pp0_stage0)) | ((ap_done_reg == 1'b0) & (ap_predicate_op30_read_state1 == 1'b1) & (ap_start == 1'b1) & (1'b1 == ap_CS_fsm_pp0_stage0) & (1'b0 == ap_block_pp0_stage0)))) begin
        rx_shift2exhFifo_blk_n = rx_shift2exhFifo_empty_n;
    end else begin
        rx_shift2exhFifo_blk_n = 1'b1;
    end
end

always @ (*) begin
    if ((((ap_predicate_op128_read_state1 == 1'b1) & (ap_start == 1'b1) & (1'b1 == ap_CS_fsm_pp0_stage0) & (1'b0 == ap_block_pp0_stage0_11001)) | ((ap_predicate_op83_read_state1 == 1'b1) & (ap_start == 1'b1) & (1'b1 == ap_CS_fsm_pp0_stage0) & (1'b0 == ap_block_pp0_stage0_11001)) | ((ap_predicate_op30_read_state1 == 1'b1) & (ap_start == 1'b1) & (1'b1 == ap_CS_fsm_pp0_stage0) & (1'b0 == ap_block_pp0_stage0_11001)))) begin
        rx_shift2exhFifo_read = 1'b1;
    end else begin
        rx_shift2exhFifo_read = 1'b0;
    end
end

always @ (*) begin
    case (ap_CS_fsm)
        ap_ST_fsm_pp0_stage0 : begin
            ap_NS_fsm = ap_ST_fsm_pp0_stage0;
        end
        default : begin
            ap_NS_fsm = 'bx;
        end
    endcase
end

assign ackHeader_ready_load_load_fu_581_p1 = ackHeader_ready;

assign add_ln67_1_fu_394_p2 = (rdmaHeader_idx + 16'd1);

assign add_ln67_fu_597_p2 = (ackHeader_idx + 16'd1);

assign and_ln414_2_fu_694_p2 = (xor_ln414_fu_682_p2 & select_ln414_4_fu_652_p3);

assign and_ln414_3_fu_485_p2 = (rdmaHeader_header_V & or_ln414_3_fu_473_p2);

assign and_ln414_4_fu_491_p2 = (xor_ln414_1_fu_479_p2 & select_ln414_8_fu_449_p3);

assign and_ln414_fu_688_p2 = (or_ln414_fu_676_p2 & ackHeader_header_V);

assign ap_CS_fsm_pp0_stage0 = ap_CS_fsm[32'd0];

assign ap_block_pp0_stage0 = ~(1'b1 == 1'b1);

always @ (*) begin
    ap_block_pp0_stage0_01001 = ((ap_done_reg == 1'b1) | ((ap_start == 1'b1) & ((ap_done_reg == 1'b1) | ((ap_predicate_op139_read_state1 == 1'b1) & (rx_ibh2exh_MetaFifo_empty_n == 1'b0)) | ((ap_predicate_op128_read_state1 == 1'b1) & (rx_shift2exhFifo_empty_n == 1'b0)) | ((ap_predicate_op83_read_state1 == 1'b1) & (rx_shift2exhFifo_empty_n == 1'b0)) | ((ap_predicate_op30_read_state1 == 1'b1) & (rx_shift2exhFifo_empty_n == 1'b0)))) | ((ap_enable_reg_pp0_iter1 == 1'b1) & (((rx_exhMetaFifo_full_n == 1'b0) & (ap_predicate_op193_write_state2 == 1'b1)) | ((rx_exhMetaFifo_full_n == 1'b0) & (ap_predicate_op187_write_state2 == 1'b1)) | ((rx_exhMetaFifo_full_n == 1'b0) & (ap_predicate_op173_write_state2 == 1'b1)) | ((rx_exhMetaFifo_full_n == 1'b0) & (ap_predicate_op161_write_state2 == 1'b1)) | ((ap_predicate_op194_write_state2 == 1'b1) & (rx_exh2drop_MetaFifo_full_n == 1'b0)) | ((ap_predicate_op192_write_state2 == 1'b1) & (rx_exh2dropFifo_full_n == 1'b0)) | ((ap_predicate_op190_write_state2 == 1'b1) & (rx_exh2drop_MetaFifo_full_n == 1'b0)) | ((ap_predicate_op181_write_state2 == 1'b1) & (rx_exh2dropFifo_full_n == 1'b0)) | ((ap_predicate_op178_write_state2 == 1'b1) & (rx_exh2dropFifo_full_n == 1'b0)) | ((ap_predicate_op176_write_state2 == 1'b1) & (rx_exh2drop_MetaFifo_full_n == 1'b0)))));
end

always @ (*) begin
    ap_block_pp0_stage0_11001 = ((ap_done_reg == 1'b1) | ((ap_start == 1'b1) & ((ap_done_reg == 1'b1) | ((ap_predicate_op139_read_state1 == 1'b1) & (rx_ibh2exh_MetaFifo_empty_n == 1'b0)) | ((ap_predicate_op128_read_state1 == 1'b1) & (rx_shift2exhFifo_empty_n == 1'b0)) | ((ap_predicate_op83_read_state1 == 1'b1) & (rx_shift2exhFifo_empty_n == 1'b0)) | ((ap_predicate_op30_read_state1 == 1'b1) & (rx_shift2exhFifo_empty_n == 1'b0)))) | ((ap_enable_reg_pp0_iter1 == 1'b1) & (((rx_exhMetaFifo_full_n == 1'b0) & (ap_predicate_op193_write_state2 == 1'b1)) | ((rx_exhMetaFifo_full_n == 1'b0) & (ap_predicate_op187_write_state2 == 1'b1)) | ((rx_exhMetaFifo_full_n == 1'b0) & (ap_predicate_op173_write_state2 == 1'b1)) | ((rx_exhMetaFifo_full_n == 1'b0) & (ap_predicate_op161_write_state2 == 1'b1)) | ((ap_predicate_op194_write_state2 == 1'b1) & (rx_exh2drop_MetaFifo_full_n == 1'b0)) | ((ap_predicate_op192_write_state2 == 1'b1) & (rx_exh2dropFifo_full_n == 1'b0)) | ((ap_predicate_op190_write_state2 == 1'b1) & (rx_exh2drop_MetaFifo_full_n == 1'b0)) | ((ap_predicate_op181_write_state2 == 1'b1) & (rx_exh2dropFifo_full_n == 1'b0)) | ((ap_predicate_op178_write_state2 == 1'b1) & (rx_exh2dropFifo_full_n == 1'b0)) | ((ap_predicate_op176_write_state2 == 1'b1) & (rx_exh2drop_MetaFifo_full_n == 1'b0)))));
end

always @ (*) begin
    ap_block_pp0_stage0_subdone = ((ap_done_reg == 1'b1) | ((ap_start == 1'b1) & ((ap_done_reg == 1'b1) | ((ap_predicate_op139_read_state1 == 1'b1) & (rx_ibh2exh_MetaFifo_empty_n == 1'b0)) | ((ap_predicate_op128_read_state1 == 1'b1) & (rx_shift2exhFifo_empty_n == 1'b0)) | ((ap_predicate_op83_read_state1 == 1'b1) & (rx_shift2exhFifo_empty_n == 1'b0)) | ((ap_predicate_op30_read_state1 == 1'b1) & (rx_shift2exhFifo_empty_n == 1'b0)))) | ((ap_enable_reg_pp0_iter1 == 1'b1) & (((rx_exhMetaFifo_full_n == 1'b0) & (ap_predicate_op193_write_state2 == 1'b1)) | ((rx_exhMetaFifo_full_n == 1'b0) & (ap_predicate_op187_write_state2 == 1'b1)) | ((rx_exhMetaFifo_full_n == 1'b0) & (ap_predicate_op173_write_state2 == 1'b1)) | ((rx_exhMetaFifo_full_n == 1'b0) & (ap_predicate_op161_write_state2 == 1'b1)) | ((ap_predicate_op194_write_state2 == 1'b1) & (rx_exh2drop_MetaFifo_full_n == 1'b0)) | ((ap_predicate_op192_write_state2 == 1'b1) & (rx_exh2dropFifo_full_n == 1'b0)) | ((ap_predicate_op190_write_state2 == 1'b1) & (rx_exh2drop_MetaFifo_full_n == 1'b0)) | ((ap_predicate_op181_write_state2 == 1'b1) & (rx_exh2dropFifo_full_n == 1'b0)) | ((ap_predicate_op178_write_state2 == 1'b1) & (rx_exh2dropFifo_full_n == 1'b0)) | ((ap_predicate_op176_write_state2 == 1'b1) & (rx_exh2drop_MetaFifo_full_n == 1'b0)))));
end

always @ (*) begin
    ap_block_state1_pp0_stage0_iter0 = ((ap_done_reg == 1'b1) | ((ap_predicate_op139_read_state1 == 1'b1) & (rx_ibh2exh_MetaFifo_empty_n == 1'b0)) | ((ap_predicate_op128_read_state1 == 1'b1) & (rx_shift2exhFifo_empty_n == 1'b0)) | ((ap_predicate_op83_read_state1 == 1'b1) & (rx_shift2exhFifo_empty_n == 1'b0)) | ((ap_predicate_op30_read_state1 == 1'b1) & (rx_shift2exhFifo_empty_n == 1'b0)));
end

always @ (*) begin
    ap_block_state2_pp0_stage0_iter1 = (((rx_exhMetaFifo_full_n == 1'b0) & (ap_predicate_op193_write_state2 == 1'b1)) | ((rx_exhMetaFifo_full_n == 1'b0) & (ap_predicate_op187_write_state2 == 1'b1)) | ((rx_exhMetaFifo_full_n == 1'b0) & (ap_predicate_op173_write_state2 == 1'b1)) | ((rx_exhMetaFifo_full_n == 1'b0) & (ap_predicate_op161_write_state2 == 1'b1)) | ((ap_predicate_op194_write_state2 == 1'b1) & (rx_exh2drop_MetaFifo_full_n == 1'b0)) | ((ap_predicate_op192_write_state2 == 1'b1) & (rx_exh2dropFifo_full_n == 1'b0)) | ((ap_predicate_op190_write_state2 == 1'b1) & (rx_exh2drop_MetaFifo_full_n == 1'b0)) | ((ap_predicate_op181_write_state2 == 1'b1) & (rx_exh2dropFifo_full_n == 1'b0)) | ((ap_predicate_op178_write_state2 == 1'b1) & (rx_exh2dropFifo_full_n == 1'b0)) | ((ap_predicate_op176_write_state2 == 1'b1) & (rx_exh2drop_MetaFifo_full_n == 1'b0)));
end

always @ (*) begin
    ap_condition_266 = ((ap_start == 1'b1) & (1'b1 == ap_CS_fsm_pp0_stage0) & (1'b0 == ap_block_pp0_stage0_11001));
end

always @ (*) begin
    ap_condition_282 = ((grp_nbreadreq_fu_176_p3 == 1'd1) & (state_1 == 2'd2) & (rdmaHeader_ready_load_load_fu_378_p1 == 1'd0));
end

always @ (*) begin
    ap_condition_297 = ((1'd0 == ackHeader_ready_load_load_fu_581_p1) & (grp_nbreadreq_fu_176_p3 == 1'd1) & (state_1 == 2'd1));
end

always @ (*) begin
    ap_condition_304 = ((grp_nbreadreq_fu_176_p3 == 1'd1) & (state_1 == 2'd2) & (rdmaHeader_ready_load_load_fu_378_p1 == 1'd1));
end

always @ (*) begin
    ap_condition_326 = ((1'd1 == ackHeader_ready_load_load_fu_581_p1) & (grp_nbreadreq_fu_176_p3 == 1'd1) & (state_1 == 2'd1));
end

always @ (*) begin
    ap_condition_392 = ((ap_enable_reg_pp0_iter1 == 1'b1) & (1'b1 == ap_CS_fsm_pp0_stage0) & (1'b0 == ap_block_pp0_stage0_01001));
end

assign ap_enable_pp0 = (ap_idle_pp0 ^ 1'b1);

assign ap_enable_reg_pp0_iter0 = ap_start;

assign ap_phi_reg_pp0_iter0_ackHeader_idx_new_0_i_reg_292 = 'bx;

assign ap_phi_reg_pp0_iter0_ackHeader_idx_new_1_i_reg_324 = 'bx;

assign ap_phi_reg_pp0_iter0_ackHeader_ready_flag_0_i_reg_281 = 'bx;

assign ap_phi_reg_pp0_iter0_ackHeader_ready_flag_1_i_reg_302 = 'bx;

assign ap_phi_reg_pp0_iter0_ackHeader_ready_new_1_i_reg_313 = 'bx;

assign ap_phi_reg_pp0_iter0_p_Val2_10_reg_344 = 'bx;

assign ap_phi_reg_pp0_iter0_p_Val2_9_reg_335 = 'bx;

assign ap_phi_reg_pp0_iter0_rdmaHeader_idx_new_0_i_reg_238 = 'bx;

assign ap_phi_reg_pp0_iter0_rdmaHeader_idx_new_1_i_reg_270 = 'bx;

assign ap_phi_reg_pp0_iter0_rdmaHeader_ready_flag_0_i_reg_227 = 'bx;

assign ap_phi_reg_pp0_iter0_rdmaHeader_ready_flag_1_i_reg_248 = 'bx;

assign ap_phi_reg_pp0_iter0_rdmaHeader_ready_new_1_i_reg_259 = 'bx;

always @ (*) begin
    ap_predicate_op128_read_state1 = ((grp_nbreadreq_fu_176_p3 == 1'd1) & (state_1 == 2'd3));
end

always @ (*) begin
    ap_predicate_op139_read_state1 = ((tmp_i_nbreadreq_fu_190_p3 == 1'd1) & (state_1 == 2'd0));
end

always @ (*) begin
    ap_predicate_op161_write_state2 = ((icmp_ln188_reg_1030 == 1'd0) & (metaWritten_1_load_reg_1006 == 1'd0) & (tmp_17_i_reg_1010 == 1'd1) & (state_1_load_reg_1002 == 2'd2));
end

always @ (*) begin
    ap_predicate_op173_write_state2 = ((icmp_ln188_reg_1030 == 1'd1) & (metaWritten_1_load_reg_1006 == 1'd0) & (tmp_17_i_reg_1010 == 1'd1) & (state_1_load_reg_1002 == 2'd2));
end

always @ (*) begin
    ap_predicate_op176_write_state2 = ((metaWritten_1_load_reg_1006 == 1'd0) & (tmp_17_i_reg_1010 == 1'd1) & (state_1_load_reg_1002 == 2'd2));
end

always @ (*) begin
    ap_predicate_op178_write_state2 = ((tmp_17_i_reg_1010 == 1'd1) & (state_1_load_reg_1002 == 2'd2) & (empty_175_reg_1034 == 1'd1));
end

always @ (*) begin
    ap_predicate_op181_write_state2 = ((state_1_load_reg_1002 == 2'd1) & (icmp_ln155_reg_1058 == 1'd0) & (tmp_i_169_reg_1038 == 1'd1));
end

always @ (*) begin
    ap_predicate_op187_write_state2 = ((metaWritten_1_load_reg_1006 == 1'd0) & (state_1_load_reg_1002 == 2'd1) & (tmp_i_169_reg_1038 == 1'd1));
end

always @ (*) begin
    ap_predicate_op190_write_state2 = ((metaWritten_1_load_reg_1006 == 1'd0) & (state_1_load_reg_1002 == 2'd1) & (tmp_i_169_reg_1038 == 1'd1));
end

always @ (*) begin
    ap_predicate_op192_write_state2 = ((state_1_load_reg_1002 == 2'd3) & (tmp_16_i_reg_1062 == 1'd1));
end

always @ (*) begin
    ap_predicate_op193_write_state2 = ((metaWritten_1_load_reg_1006 == 1'd0) & (state_1_load_reg_1002 == 2'd3) & (tmp_16_i_reg_1062 == 1'd1));
end

always @ (*) begin
    ap_predicate_op194_write_state2 = ((metaWritten_1_load_reg_1006 == 1'd0) & (state_1_load_reg_1002 == 2'd3) & (tmp_16_i_reg_1062 == 1'd1));
end

always @ (*) begin
    ap_predicate_op30_read_state1 = ((grp_nbreadreq_fu_176_p3 == 1'd1) & (state_1 == 2'd2));
end

always @ (*) begin
    ap_predicate_op83_read_state1 = ((grp_nbreadreq_fu_176_p3 == 1'd1) & (state_1 == 2'd1));
end

assign empty_170_fu_527_p2 = ((opCode == 32'd8) ? 1'b1 : 1'b0);

assign empty_171_fu_533_p2 = (empty_fu_521_p2 | empty_170_fu_527_p2);

assign empty_172_fu_539_p2 = ((opCode == 32'd7) ? 1'b1 : 1'b0);

assign empty_173_fu_545_p2 = (empty_172_fu_539_p2 | empty_171_fu_533_p2);

assign empty_174_fu_551_p2 = ((opCode == 32'd6) ? 1'b1 : 1'b0);

assign empty_175_fu_557_p2 = (empty_174_fu_551_p2 | empty_173_fu_545_p2);

assign empty_fu_521_p2 = ((opCode == 32'd10) ? 1'b1 : 1'b0);

assign grp_fu_353_p3 = rx_shift2exhFifo_dout[1024'd576];

assign grp_nbreadreq_fu_176_p3 = rx_shift2exhFifo_empty_n;

assign icmp_ln1065_fu_970_p2 = ((tmp_22_i_fu_960_p4 == 2'd3) ? 1'b1 : 1'b0);

assign icmp_ln155_fu_712_p2 = ((opCode == 32'd17) ? 1'b1 : 1'b0);

assign icmp_ln188_fu_509_p2 = ((opCode == 32'd12) ? 1'b1 : 1'b0);

assign icmp_ln414_1_fu_413_p2 = ((zext_ln414_1_fu_409_p1 != 25'd0) ? 1'b1 : 1'b0);

assign icmp_ln414_fu_616_p2 = ((zext_ln414_fu_612_p1 != 27'd0) ? 1'b1 : 1'b0);

assign icmp_ln47_1_fu_772_p2 = ((rx_ibh2exh_MetaFifo_dout == 32'd13) ? 1'b1 : 1'b0);

assign icmp_ln47_2_fu_778_p2 = ((rx_ibh2exh_MetaFifo_dout == 32'd15) ? 1'b1 : 1'b0);

assign icmp_ln47_3_fu_784_p2 = ((rx_ibh2exh_MetaFifo_dout == 32'd17) ? 1'b1 : 1'b0);

assign icmp_ln47_4_fu_808_p2 = ((rx_ibh2exh_MetaFifo_dout == 32'd10) ? 1'b1 : 1'b0);

assign icmp_ln47_5_fu_814_p2 = ((rx_ibh2exh_MetaFifo_dout == 32'd6) ? 1'b1 : 1'b0);

assign icmp_ln47_6_fu_820_p2 = ((rx_ibh2exh_MetaFifo_dout == 32'd12) ? 1'b1 : 1'b0);

assign icmp_ln47_fu_766_p2 = ((rx_ibh2exh_MetaFifo_dout == 32'd16) ? 1'b1 : 1'b0);

assign metaWritten_1_load_load_fu_374_p1 = metaWritten_1;

assign or_ln414_3_fu_473_p2 = (select_ln414_9_fu_457_p3 | select_ln414_10_fu_465_p3);

assign or_ln414_fu_676_p2 = (select_ln414_6_fu_668_p3 | select_ln414_5_fu_660_p3);

assign or_ln47_1_fu_796_p2 = (icmp_ln47_3_fu_784_p2 | icmp_ln47_2_fu_778_p2);

assign or_ln47_2_fu_802_p2 = (or_ln47_fu_790_p2 | or_ln47_1_fu_796_p2);

assign or_ln47_3_fu_826_p2 = (icmp_ln47_6_fu_820_p2 | icmp_ln47_5_fu_814_p2);

assign or_ln47_4_fu_832_p2 = (or_ln47_3_fu_826_p2 | icmp_ln47_4_fu_808_p2);

assign or_ln47_5_fu_846_p2 = (or_ln47_4_fu_832_p2 | or_ln47_2_fu_802_p2);

assign or_ln47_fu_790_p2 = (icmp_ln47_fu_766_p2 | icmp_ln47_1_fu_772_p2);

assign p_Result_5_fu_497_p2 = (and_ln414_4_fu_491_p2 | and_ln414_3_fu_485_p2);

assign p_Result_7_fu_906_p5 = {{{{tmp_21_i_fu_896_p4}, {tmp_20_i_fu_886_p4}}, {tmp_19_i_fu_876_p4}}, {tmp_18_i_fu_866_p4}};

assign p_Result_s_fu_700_p2 = (and_ln414_fu_688_p2 | and_ln414_2_fu_694_p2);

assign p_s_fu_951_p3 = {{ap_phi_reg_pp0_iter1_p_Val2_9_reg_335}, {17'd0}};

assign rdmaHeader_ready_load_load_fu_378_p1 = rdmaHeader_ready;

assign ret_V_fu_922_p2 = (zext_ln1541_fu_918_p1 + 33'd4095);

assign rx_exh2dropFifo_din = reg_361;

assign select_ln414_10_fu_465_p3 = ((icmp_ln414_1_fu_413_p2[0:0] == 1'b1) ? 128'd340282366920938463463374607431768211454 : 128'd0);

assign select_ln414_4_fu_652_p3 = ((icmp_ln414_fu_616_p2[0:0] == 1'b1) ? tmp_13_fu_642_p4 : tmp_17_fu_593_p1);

assign select_ln414_5_fu_660_p3 = ((icmp_ln414_fu_616_p2[0:0] == 1'b1) ? 32'd2147483647 : 32'd0);

assign select_ln414_6_fu_668_p3 = ((icmp_ln414_fu_616_p2[0:0] == 1'b1) ? 32'd4294967294 : 32'd0);

assign select_ln414_7_fu_431_p3 = ((icmp_ln414_1_fu_413_p2[0:0] == 1'b1) ? st1_fu_423_p3 : tmp_18_fu_390_p1);

assign select_ln414_8_fu_449_p3 = ((icmp_ln414_1_fu_413_p2[0:0] == 1'b1) ? tmp_16_fu_439_p4 : tmp_18_fu_390_p1);

assign select_ln414_9_fu_457_p3 = ((icmp_ln414_1_fu_413_p2[0:0] == 1'b1) ? 128'd170141183460469231731687303715884105727 : 128'd0);

assign select_ln414_fu_634_p3 = ((icmp_ln414_fu_616_p2[0:0] == 1'b1) ? st_fu_626_p3 : tmp_17_fu_593_p1);

assign select_ln47_1_fu_852_p3 = ((or_ln47_5_fu_846_p2[0:0] == 1'b1) ? select_ln47_fu_838_p3 : 2'd3);

assign select_ln47_fu_838_p3 = ((or_ln47_4_fu_832_p2[0:0] == 1'b1) ? 2'd2 : 2'd1);

assign shl_ln174_1_fu_989_p3 = {{ap_phi_reg_pp0_iter1_p_Val2_10_reg_344}, {17'd0}};

assign shl_ln1_fu_938_p3 = {{tmp_fu_928_p4}, {1'd0}};

assign st1_fu_423_p3 = {{trunc_ln414_1_fu_419_p1}, {127'd0}};

assign st_fu_626_p3 = {{trunc_ln414_fu_622_p1}, {31'd0}};

assign tmp_12_fu_604_p3 = {{ackHeader_idx}, {4'd0}};

integer ap_tvar_int_0;

always @ (select_ln414_fu_634_p3) begin
    for (ap_tvar_int_0 = 32 - 1; ap_tvar_int_0 >= 0; ap_tvar_int_0 = ap_tvar_int_0 - 1) begin
        if (ap_tvar_int_0 > 31 - 0) begin
            tmp_13_fu_642_p4[ap_tvar_int_0] = 1'b0;
        end else begin
            tmp_13_fu_642_p4[ap_tvar_int_0] = select_ln414_fu_634_p3[31 - ap_tvar_int_0];
        end
    end
end

assign tmp_15_fu_401_p3 = {{rdmaHeader_idx}, {2'd0}};

integer ap_tvar_int_1;

always @ (select_ln414_7_fu_431_p3) begin
    for (ap_tvar_int_1 = 128 - 1; ap_tvar_int_1 >= 0; ap_tvar_int_1 = ap_tvar_int_1 - 1) begin
        if (ap_tvar_int_1 > 127 - 0) begin
            tmp_16_fu_439_p4[ap_tvar_int_1] = 1'b0;
        end else begin
            tmp_16_fu_439_p4[ap_tvar_int_1] = select_ln414_7_fu_431_p3[127 - ap_tvar_int_1];
        end
    end
end

assign tmp_17_fu_593_p1 = rx_shift2exhFifo_dout[31:0];

assign tmp_18_fu_390_p1 = rx_shift2exhFifo_dout[127:0];

assign tmp_18_i_fu_866_p4 = {{ap_phi_reg_pp0_iter1_p_Val2_9_reg_335[127:120]}};

assign tmp_19_i_fu_876_p4 = {{ap_phi_reg_pp0_iter1_p_Val2_9_reg_335[119:112]}};

assign tmp_20_i_fu_886_p4 = {{ap_phi_reg_pp0_iter1_p_Val2_9_reg_335[111:104]}};

assign tmp_21_i_fu_896_p4 = {{ap_phi_reg_pp0_iter1_p_Val2_9_reg_335[103:96]}};

assign tmp_22_i_fu_960_p4 = {{ap_phi_reg_pp0_iter1_p_Val2_10_reg_344[6:5]}};

assign tmp_fu_928_p4 = {{ret_V_fu_922_p2[32:12]}};

assign tmp_i_nbreadreq_fu_190_p3 = rx_ibh2exh_MetaFifo_empty_n;

assign trunc_ln414_1_fu_419_p1 = rx_shift2exhFifo_dout[0:0];

assign trunc_ln414_fu_622_p1 = rx_shift2exhFifo_dout[0:0];

assign xor_ln414_1_fu_479_p2 = (or_ln414_3_fu_473_p2 ^ 128'd340282366920938463463374607431768211455);

assign xor_ln414_fu_682_p2 = (or_ln414_fu_676_p2 ^ 32'd4294967295);

assign zext_ln1541_fu_918_p1 = p_Result_7_fu_906_p5;

assign zext_ln174_4_cast_fu_976_p3 = {{1'd1}, {icmp_ln1065_fu_970_p2}};

assign zext_ln174_4_fu_984_p1 = zext_ln174_4_cast_fu_976_p3;

assign zext_ln174_5_fu_997_p1 = shl_ln174_1_fu_989_p3;

assign zext_ln174_fu_946_p1 = shl_ln1_fu_938_p3;

assign zext_ln414_1_fu_409_p1 = tmp_15_fu_401_p3;

assign zext_ln414_fu_612_p1 = tmp_12_fu_604_p3;

endmodule //rocev2_top_rx_process_exh_512_0_s